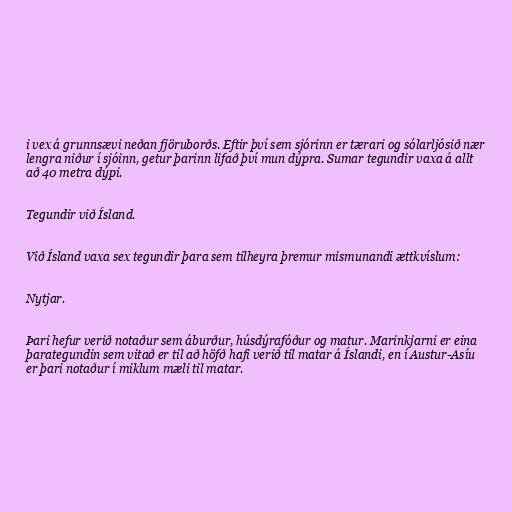
i vex á grunnsævi neðan fjöruborðs. Eftir því sem sjórinn er tærari og sólarljósið nær
lengra niður í sjóinn, getur þarinn lifað því mun dýpra. Sumar tegundir vaxa á allt
að 40 metra dýpi.

Tegundir við Ísland.

Við Ísland vaxa sex tegundir þara sem tilheyra þremur mismunandi ættkvíslum:

Nytjar.

Þari hefur verið notaður sem áburður, húsdýrafóður og matur. Marinkjarni er eina
þarategundin sem vitað er til að höfð hafi verið til matar á Íslandi, en í Austur-Asíu
er þari notaður í miklum mæli til matar.